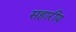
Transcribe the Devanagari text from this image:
सहारीय